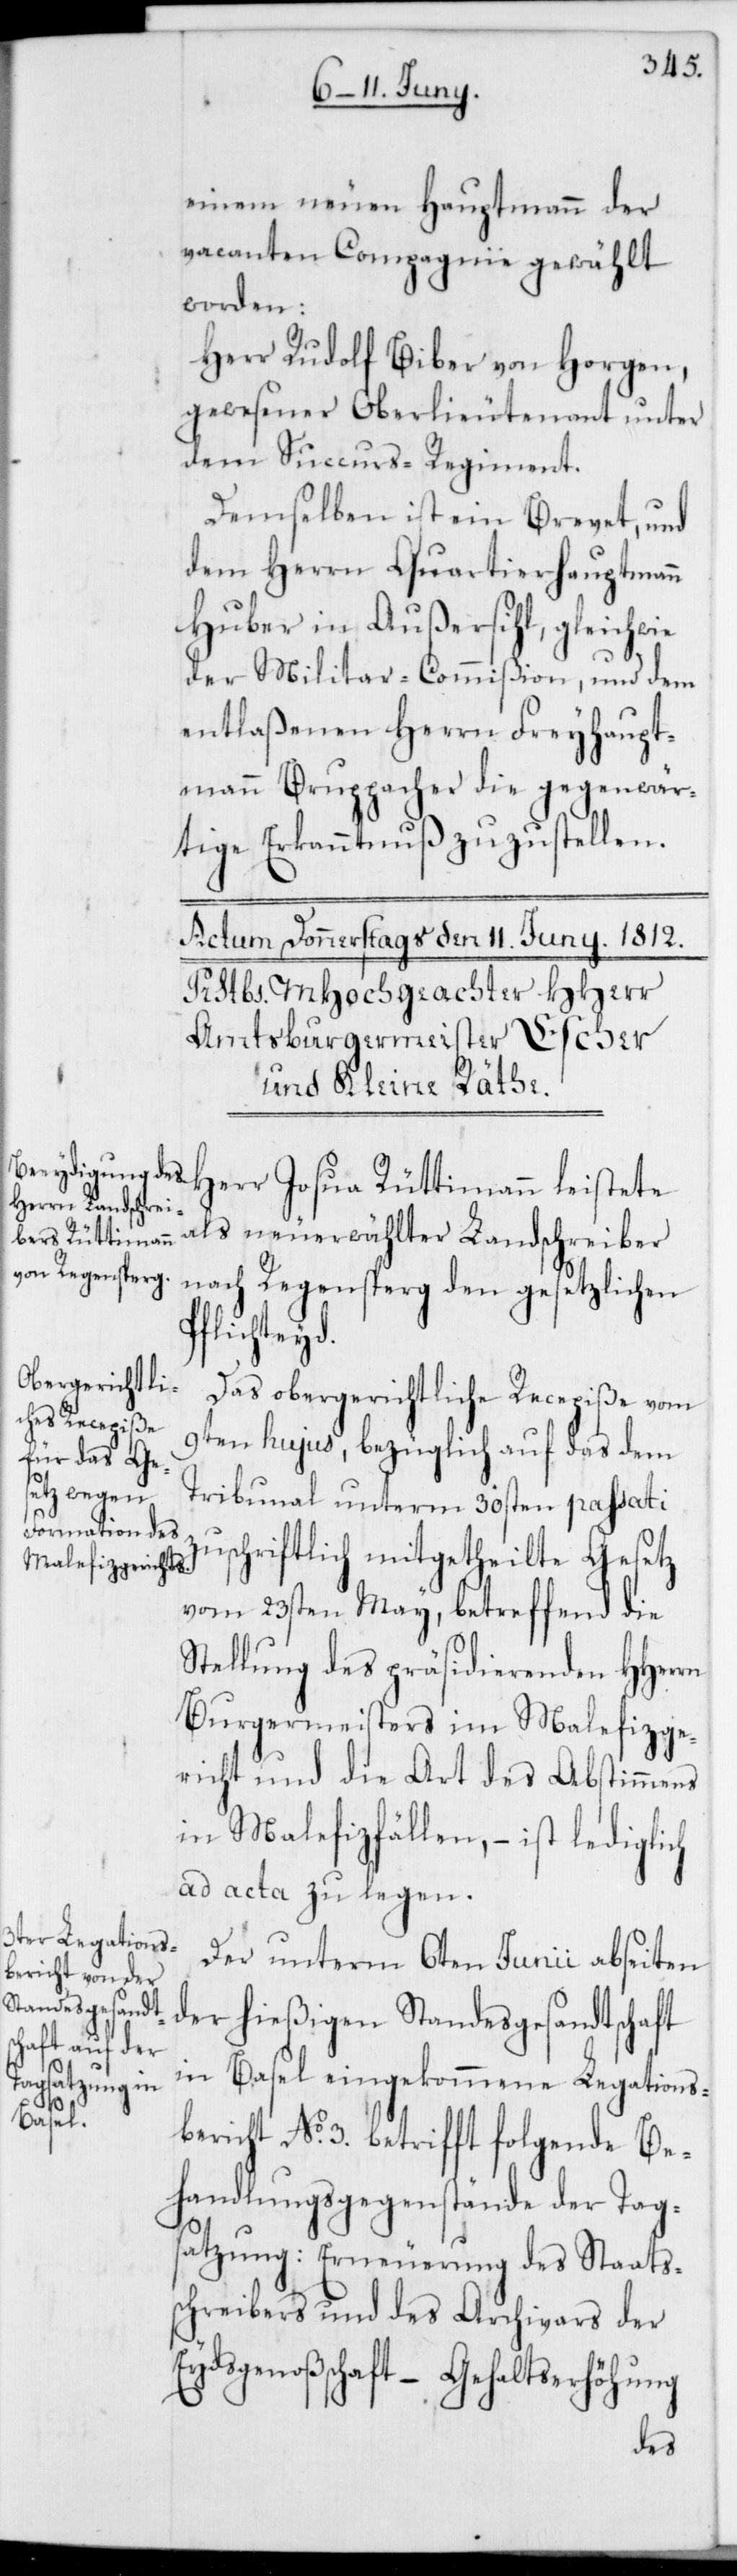
einem neuen Hauptmann der
vacanten Compagnie gewählt
worden:
Herr Rudolf Biber von Horgen,
gewesener Oberlieutenant unter
dem Succurs-Regiment.
Demselben ist ein Brevet, und
dem Herrn Quartierhauptmann
Huber in Außersihl, gleichwie
der Militar-Commißion und dem
entlaßenen Herrn Freyhaupt¬
mann Bruppacher die gegenwär¬
tige Erkanntnuß zuzustellen.
als neuerwählter Landschreiber
nach Regensperg den gesetzlichen
Pflichteyd.
Das obergerichtliche Recepisse vom
9ten hujus, bezüglich auf das dem
Tribunal unterm 30sten passati
zuschriftlich mitgetheilte Gesetz
vom 23sten May, betreffend die
Stellung des präsidierenden HHerrn
Burgermeisters im Malefizge¬
richt und die Art des Abstimmens
in Malefizfällen, – ist lediglich
ad acta zu legen.
Der unterm 6ten Junii abseiten
der hießigen Standesgesandtschaft
in Basel eingekommene Legations¬
bericht No 3. betrifft folgende Be¬
handlungsgegenstände der Tag¬
satzung: Erneuerung des Staats¬
schreibers und des Archivars der
Eydsgenoßenschaft; – Gehaltserhöhung